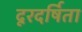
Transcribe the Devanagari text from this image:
दूरदर्षिता